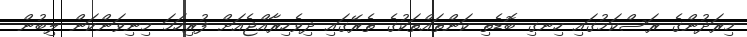
މިރަދުންގެ ރަސްކަމުގައި ހިނގި ބޮޑެތި ކަންތައްތަކުގެ ތެރޭގައި ދިވެހިރާއްޖެއަށް ފުރިހަމަ މިނިވަންކަން ލިބުން